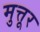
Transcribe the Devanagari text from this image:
मुत्तूर